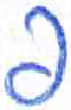
אות: פ